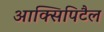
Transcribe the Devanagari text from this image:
आक्सिपिटैल